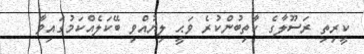
ކީރިތި ރަސޫލާގެ ކާތިބުންކުރެ ވަޙީ ލިޔުއްވި ބޭކަލެއްކަމުގައިވާ